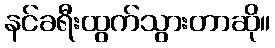
နင်ခရီးထွက်သွားတာဆို။